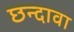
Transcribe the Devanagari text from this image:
छन्दावा